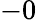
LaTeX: -0